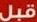
قبل